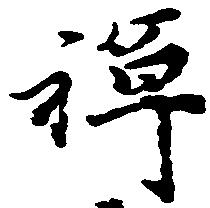
禅